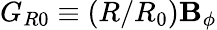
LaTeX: G_{R0}\equiv(R/R_{0})\mathbf{B}_{\phi}